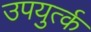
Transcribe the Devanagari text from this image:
उपयुर्त्क